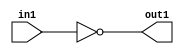
`timescale 1ps / 1ps
/*****************************************************************************
    Verilog RTL Description
    
    
    Created by: Stratus DpOpt 2019.1.01 
*******************************************************************************/

module cache_Not_1U_1U_1 (
	in1,
	out1
	); /* architecture "behavioural" */ 
input  in1;
output  out1;
wire  asc001;

assign asc001 = 
	((~in1));

assign out1 = asc001;
endmodule

/* CADENCE  urTzTQ8= : u9/ySgnWtBlWxVPRXgAZ4Og= ** DO NOT EDIT THIS LINE ******/